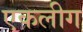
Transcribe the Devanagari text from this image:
एकलीग